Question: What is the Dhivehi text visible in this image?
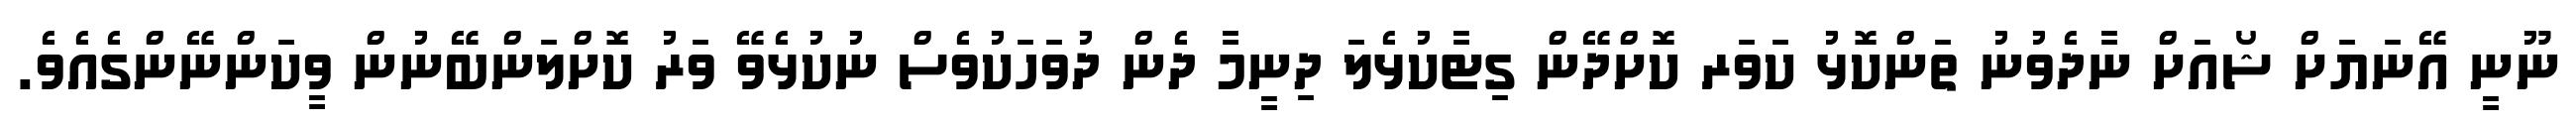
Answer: ނޫނީ އޭނަޔަށް ޝޯއަށް ނާދެވުނު ތަންކޮޅު ކަވަރ ކޮށްދޭން ގިޓާކުޅެލަ ދިނީމާ ދެން ދުވަހަކުވެސް ނުކުޅެވޭ ވަރު ކޮށްލަންބޭނުން ވީކަންނޭންގެއެވެ.